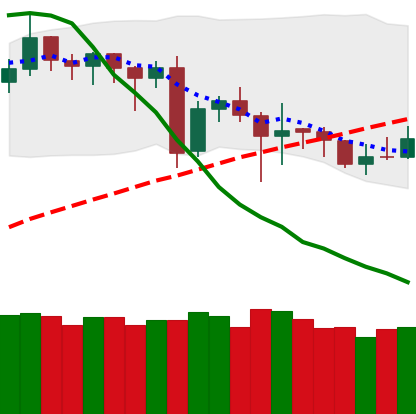
Ticker: DOGE-USD
Chart end date: 2020-06-22
Forward return: -6.508%
Label: down_5_7